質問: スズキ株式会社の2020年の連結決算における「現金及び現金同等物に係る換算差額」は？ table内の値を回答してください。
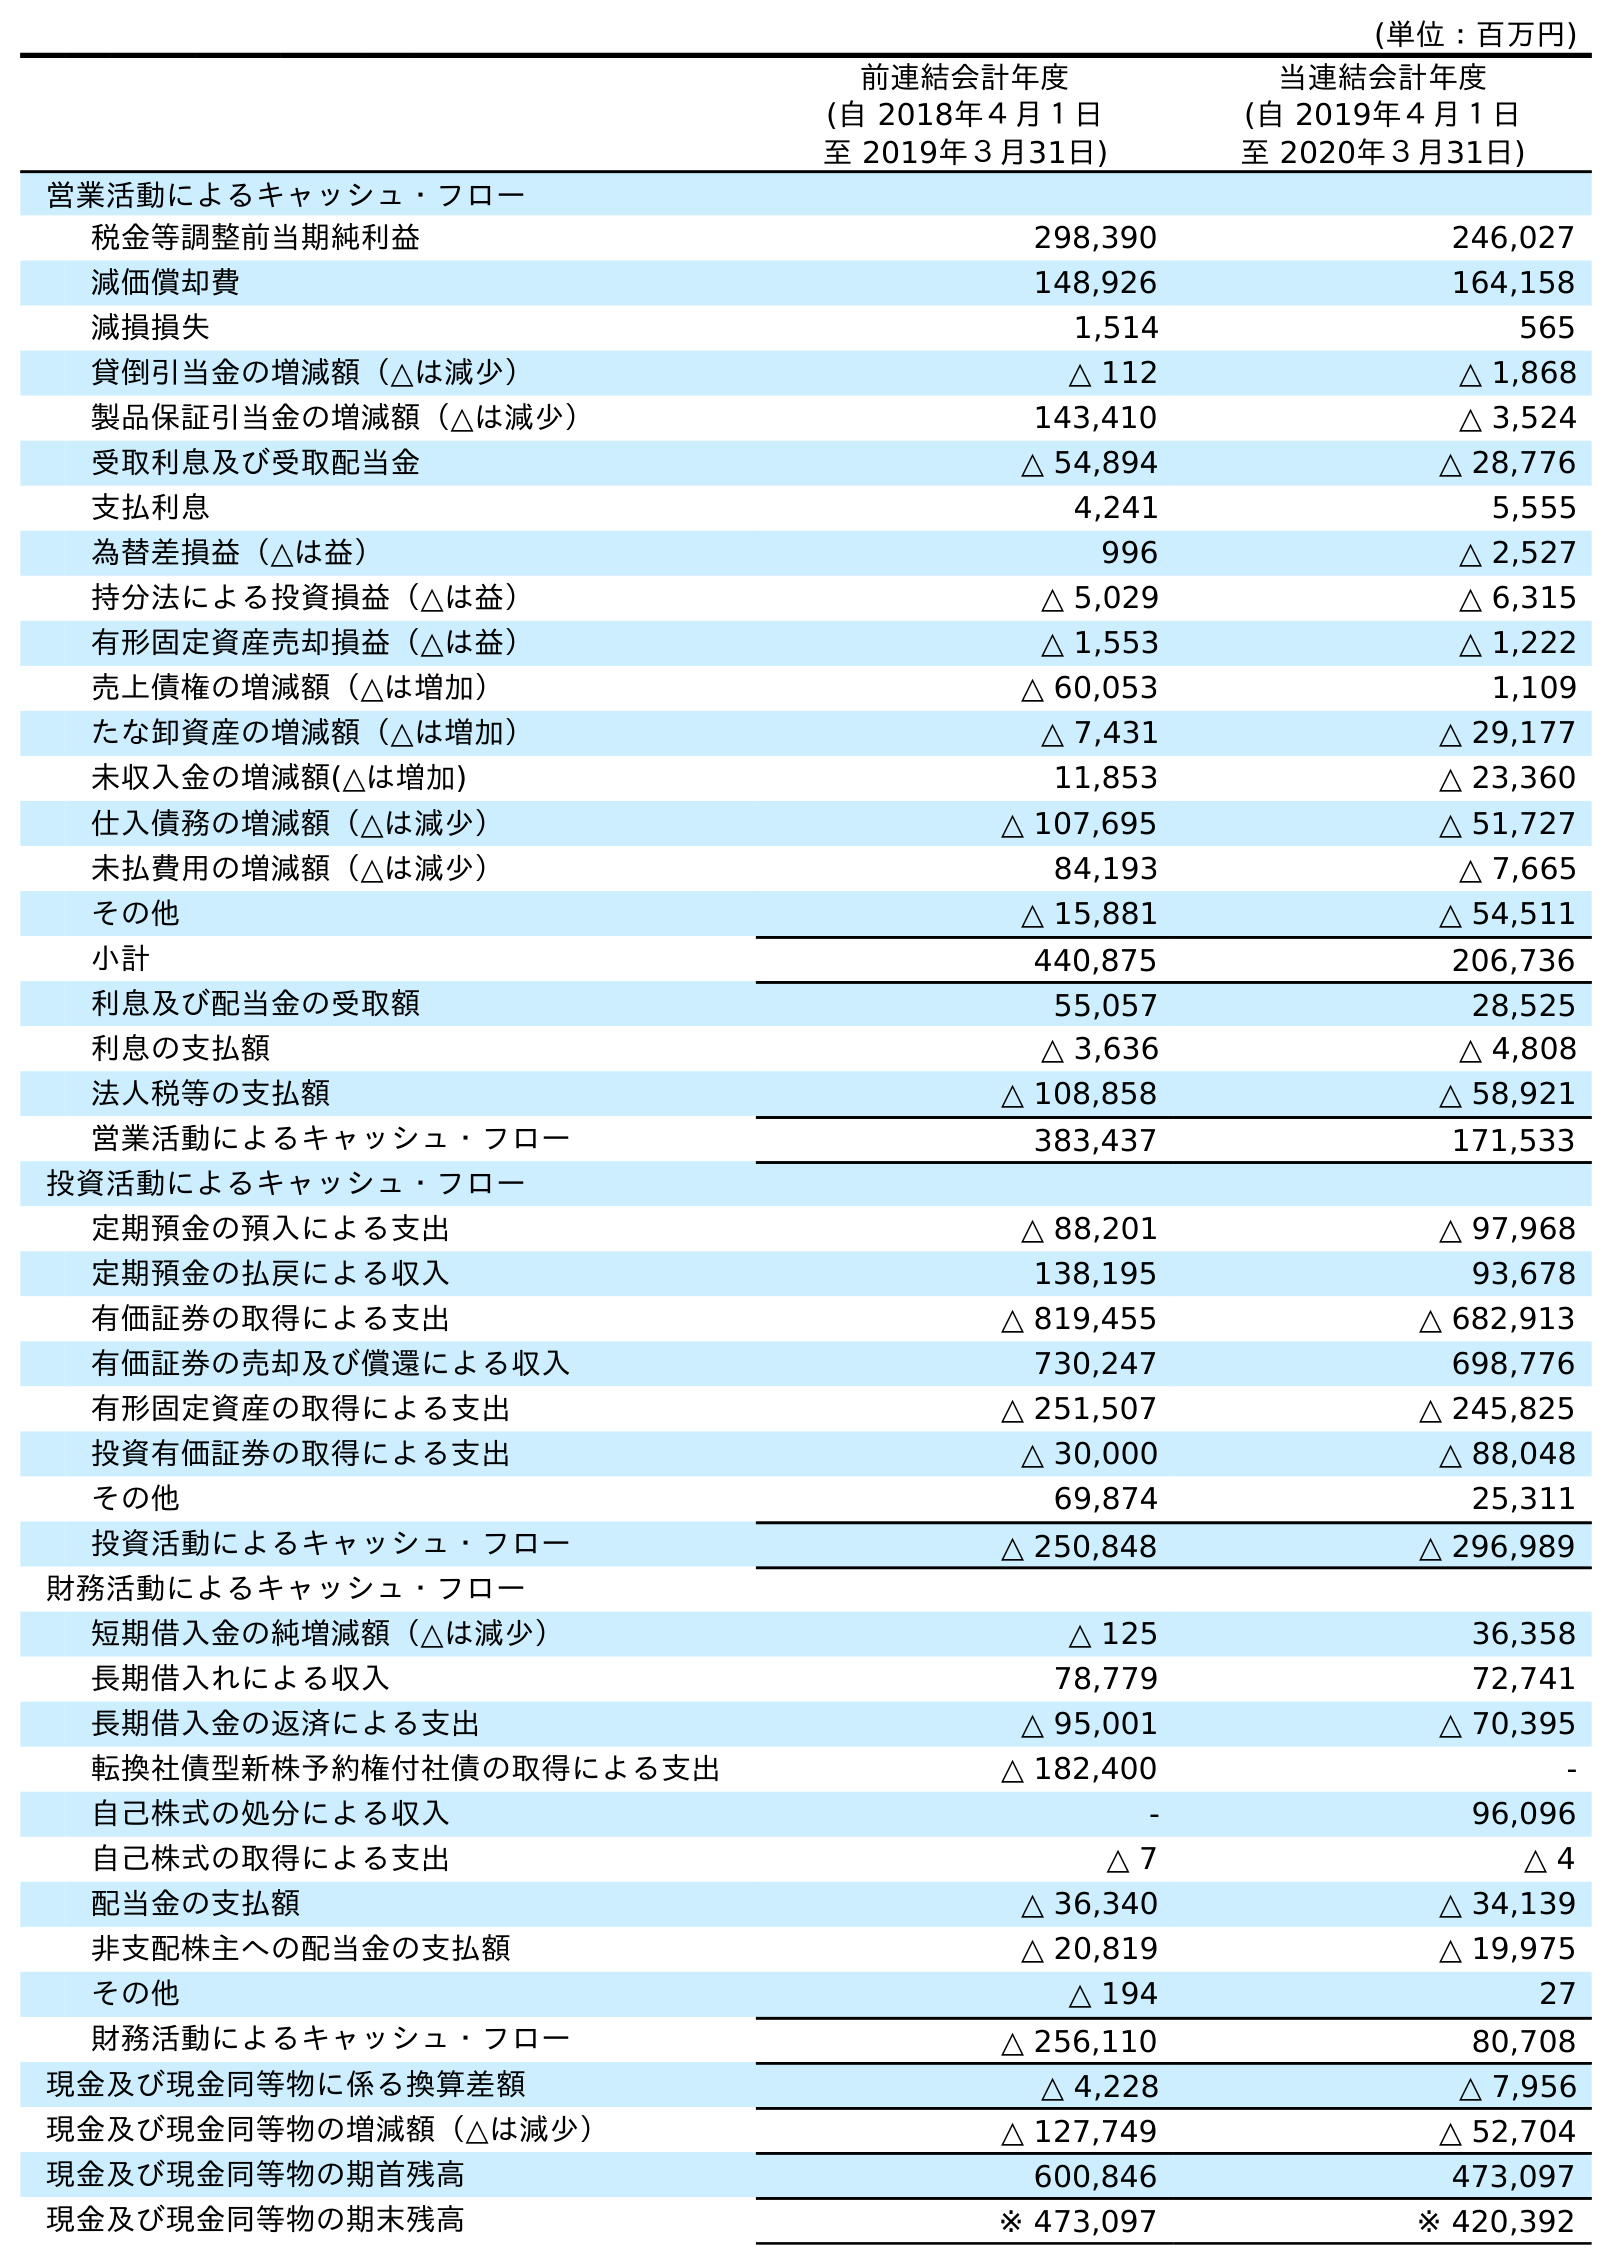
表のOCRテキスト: (単位：百万円) 前連結会計年度 (自 2018年４月１日 至 2019年３月31日) 当連結会計年度 (自 2019年４月１日 至 2020年３月31日) 営業活動によるキャッシュ・フロー 税金等調整前当期純利益 298,390 246,027 減価償却費 148,926 164,158 減損損失 1,514 565 貸倒引当金の増減額（△は減少） △ 112 △ 1,868 製品保証引当金の増減額（△は減少） 143,410 △ 3,524 受取利息及び受取配当金 △ 54,894 △ 28,776 支払利息 4,241 5,555 為替差損益（△は益） 996 △ 2,527 持分法による投資損益（△は益） △ 5,029 △ 6,315 有形固定資産売却損益（△は益） △ 1,553 △ 1,222 売上債権の増減額（△は増加） △ 60,053 1,109 たな卸資産の増減額（△は増加） △ 7,431 △ 29,177 未収入金の増減額(△は増加) 11,853 △ 23,360 仕入債務の増減額（△は減少） △ 107,695 △ 51,727 未払費用の増減額（△は減少） 84,193 △ 7,665 その他 △ 15,881 △ 54,511 小計 440,875 206,736 利息及び配当金の受取額 55,057 28,525 利息の支払額 △ 3,636 △ 4,808 法人税等の支払額 △ 108,858 △ 58,921 営業活動によるキャッシュ・フロー 383,437 171,533 投資活動によるキャッシュ・フロー 定期預金の預入による支出 △ 88,201 △ 97,968 定期預金の払戻による収入 138,195 93,678 有価証券の取得による支出 △ 819,455 △ 682,913 有価証券の売却及び償還による収入 730,247 698,776 有形固定資産の取得による支出 △ 251,507 △ 245,825 投資有価証券の取得による支出 △ 30,000 △ 88,048 その他 69,874 25,311 投資活動によるキャッシュ・フロー △ 250,848 △ 296,989 財務活動によるキャッシュ・フロー 短期借入金の純増減額（△は減少） △ 125 36,358 長期借入れによる収入 78,779 72,741 長期借入金の返済による支出 △ 95,001 △ 70,395 転換社債型新株予約権付社債の取得による支出 △ 182,400 - 自己株式の処分による収入 - 96,096 自己株式の取得による支出 △ 7 △ 4 配当金の支払額 △ 36,340 △ 34,139 非支配株主への配当金の支払額 △ 20,819 △ 19,975 その他 △ 194 27 財務活動によるキャッシュ・フロー △ 256,110 80,708 現金及び現金同等物に係る換算差額 △ 4,228 △ 7,956 現金及び現金同等物の増減額（△は減少） △ 127,749 △ 52,704 現金及び現金同等物の期首残高 600,846 473,097 現金及び現金同等物の期末残高 ※ 473,097 ※ 420,392
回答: △7,956